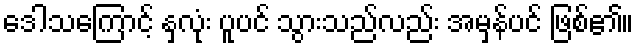
ဒေါသကြောင့် နှလုံး ပူပင် သွားသည်လည်း အမှန်ပင် ဖြစ်၏။